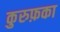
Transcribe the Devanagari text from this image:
कुरुफ़का